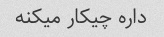
داره چیکار میکنه